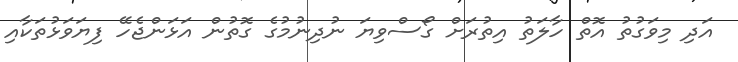
އަދި މިވަގުތު އޮތް ހާލަތު އިތުރަށް ގޯސްވިޔަ ނުދިނުމުގެ ގޮތުން އަޅަންޖެހޭ ފިޔަވަޅުތަކާއި